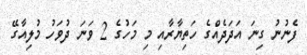
ފެނުނު ގިނަ އަދަދެއްގެ ހަތިޔާރާއި މި މަހުގެ 2 ވަނަ ދުވަހު މުލިއާގޭ